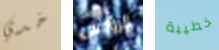
خدي الرؤوس خطيبة